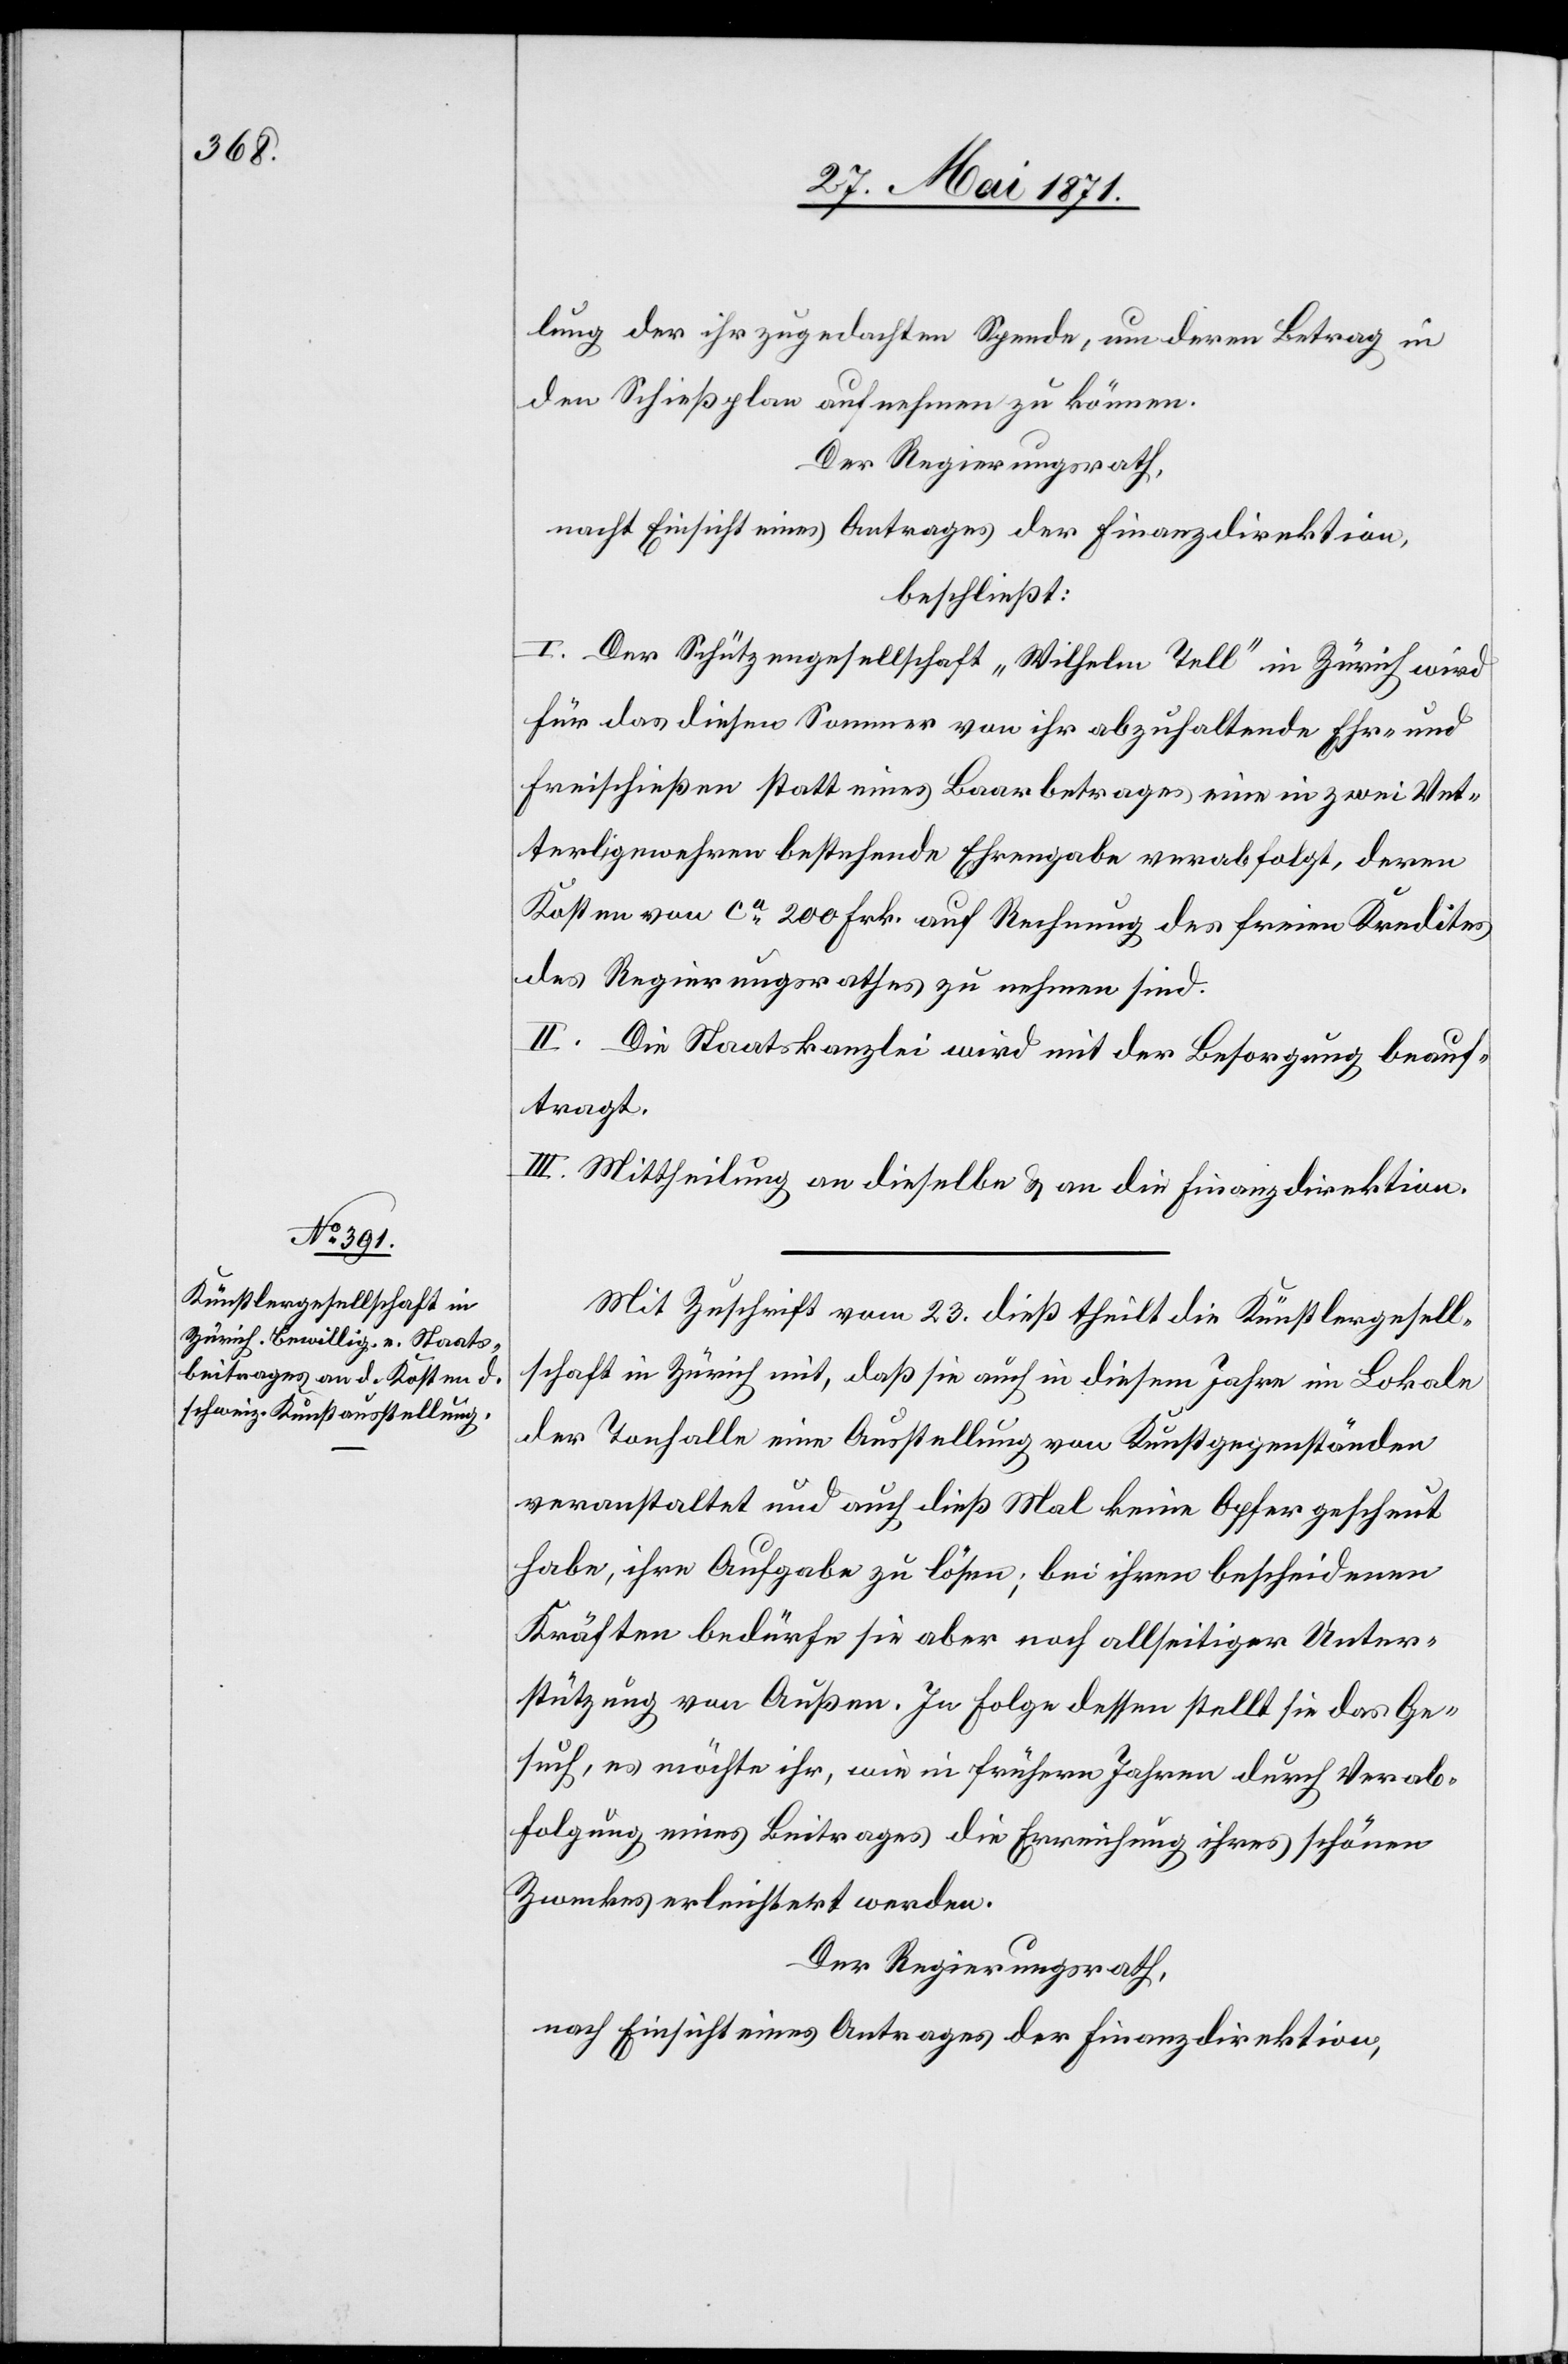
lung der ihr zugedachten Spende, um deren Betrag in
den Schießplan aufnehmen zu können.
Der Regierungsrath,
nach Einsicht eines Antrages der Finanzdirektion,
beschließt:
I. Der Schützengesellschaft „Wilhelm Tell“ in Zürich wird
für das diesen Sommer von ihr abzuhaltende Ehr- und
Freischießen statt eines Baarbetrages eine in zwei Vet¬
terligewehren bestehende Ehrengabe verabfolgt, deren
Kosten von ca. 200 Frk. auf Rechnung des freien Kredites
des Regierungsrathes zu nehmen sind.
II. Die Staatskanzlei wird mit der Besorgung beauf¬
tragt.
III. Mittheilung an dieselbe u. an die Finanzdirektion.
Mit Zuschrift vom 23. dieß theilt die Künstlergesell¬
schaft in Zürich mit, daß sie auch in diesem Jahre im Lokale
der Tonhalle eine Ausstellung von Kunstgegenständen
veranstalten und auch dieß Mal keine Opfer gescheut
habe, ihre Aufgabe zu lösen; bei ihren bescheidenen
Kräften bedürfe sie aber noch allseitiger Unter¬
stützung von Außen. In Folge dessen stellt sie das Ge¬
such, es möchte ihr, wie in früheren Jahren durch Verab¬
folgung eines Beitrages die Errichtung ihres schönen
Zweckes erleichtert werden.
Der Regierungsrath,
nach Einsicht eines Antrages der Finanzdirektion,